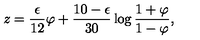
z = { \frac { \epsilon } { 1 2 } } \varphi + { \frac { 1 0 - \epsilon } { 3 0 } } \log { \frac { 1 + \varphi } { 1 - \varphi } } ,